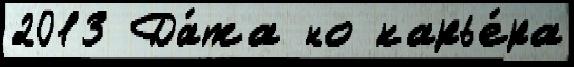
2013 Да́та но карье́ра